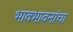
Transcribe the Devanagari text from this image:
भावभावनांचा